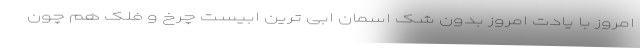
امروز با یادت امروز بدون شک اسمان ابی ترین ابیست چرخ و فلک هم چون